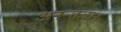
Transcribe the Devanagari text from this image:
अनन्तज्ञान